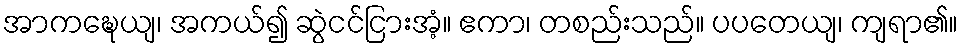
အာကဍ္ဎေယျ၊ အကယ်၍ ဆွဲငင်ငြားအံ့။ ဧကာ၊ တစည်းသည်။ ပပတေယျ၊ ကျရာ၏။